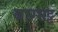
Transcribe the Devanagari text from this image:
बाग्भट्ट